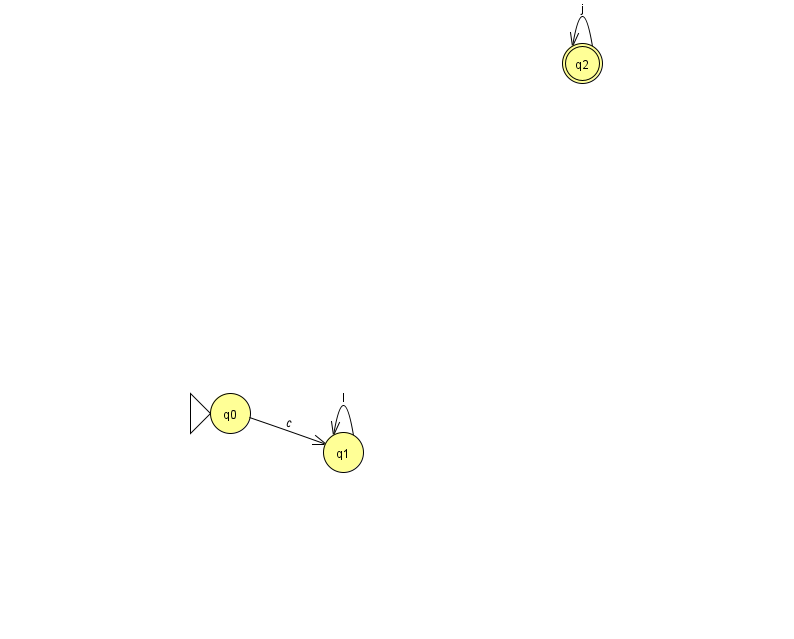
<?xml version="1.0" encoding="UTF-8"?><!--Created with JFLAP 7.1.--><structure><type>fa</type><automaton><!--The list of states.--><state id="0" name="q0"><x>230.0</x><y>400.0</y><initial/></state><state id="1" name="q1"><x>343.0</x><y>439.0</y></state><state id="2" name="q2"><x>582.0</x><y>50.0</y><final/></state><!--The list of transitions.--><transition><from>0</from><to>1</to><read>c</read></transition><transition><from>2</from><to>2</to><read>j</read></transition><transition><from>1</from><to>1</to><read>l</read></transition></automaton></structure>